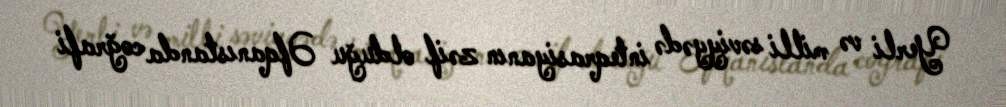
Yerli və milli səviyyədə inteqrasiyanın zəif olduğu Əfqanıstanda coğrafi